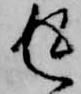
返